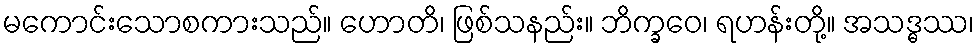
မကောင်းသောစကားသည်။ ဟောတိ၊ ဖြစ်သနည်း။ ဘိက္ခဝေ၊ ရဟန်းတို့။ အသဒ္ဓဿ၊